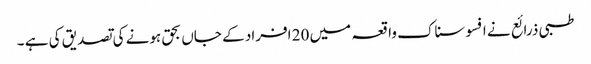
طبی ذرائع نے افسوسناک واقعہ میں 20 افراد کے جاں بحق ہونے کی تصدیق کی ہے ۔